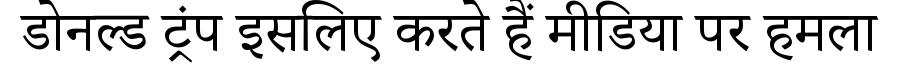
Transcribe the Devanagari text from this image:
डोनल्ड ट्रंप इसलिए करते हैं मीडिया पर हमला